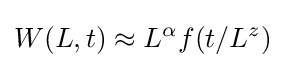
W(L,t)\approx L^{\alpha }f(t/L^{z})